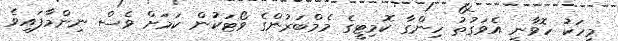
މީހަކު ހޮވާނީ އެވަގުތު ހިންގާ ކޮމިޓީގެ މެމްބަރުންގެ ވޯޓަކުން ކަމަށް ވެސް ނިންމާފައިވެ